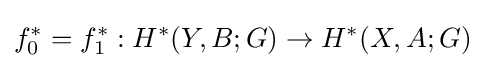
f_{0}^{*}=f_{1}^{*}:H^{*}(Y,B;G)\to H^{*}(X,A;G)